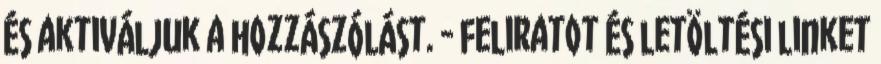
és aktiváljuk a hozzászólást. - feliratot és letöltési linket